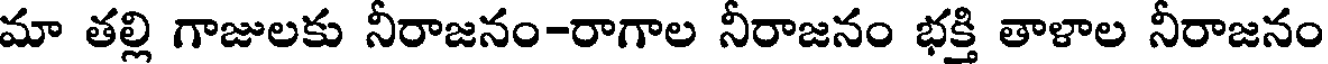
మా తల్లి గాజులకు నీరాజనం-రాగాల నీరాజనం భక్తి తాళాల నీరాజనం